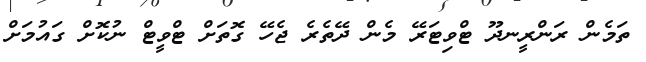
ތަމެން ރަންރީނދޫ ޓްވިޓަރޭ މެން ދޭތެރެ ޖެހޭ ގޮތަށް ޓްވީޓް ނުކޮށް ގައުމަށް